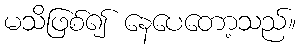
မသိဖြစ်၍ နေပေတော့သည်။